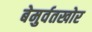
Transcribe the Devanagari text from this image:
बेमुर्वतखोर